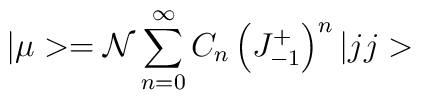
|\mu>={\cal{N}}\sum_{n=0}^\infty C_n\left( J^+_{-1}\right)^n |jj>